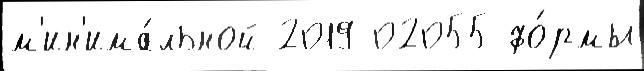
м'ин'има́льной 2019 02055 фо́рмы